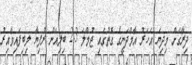
ދިރާގަށް މިދިޔަ އަހަރު އާމްދަނީގެ ގޮތުގައި ޖުމްލަ 2.3 ބިލިއަން ރުފިޔާ ލިބިފައިވާއިރު